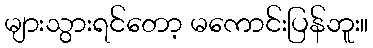
များသွားရင်တော့ မကောင်းပြန်ဘူး။